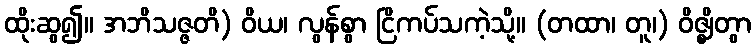
ထိုးဆွ၍။ အဘိသဇ္ဇတိ) ဝိယ၊ လွန်စွာ ငြိကပ်သကဲ့သို့။ (တထာ၊ တူ၊) ဝိဇ္ဈိတွာ